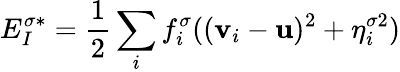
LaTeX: E_{I}^{\sigma*}=\frac{1}{2}\sum_{i}f_{i}^{\sigma}((\mathbf{v}_{i}-\mathbf{u})^{2}+\eta_{i}^{\sigma 2})